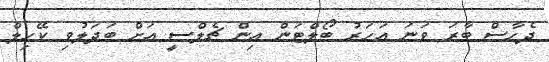
ދެހާސް ބާރަ ވަނަ އަހަރު ބޯލްޓަން އިން ޗެލްސީ އަށް ބަދަލުވި ކޭހިލް